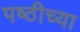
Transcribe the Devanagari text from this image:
पष्ठीच्या